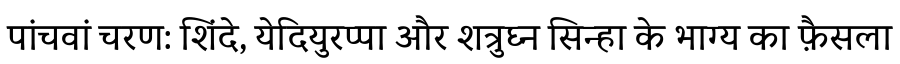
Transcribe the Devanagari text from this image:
पांचवां चरण: शिंदे, येदियुरप्पा और शत्रुघ्न सिन्हा के भाग्य का फ़ैसला